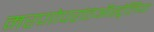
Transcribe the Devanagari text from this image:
मरणोपरांतऑस्ट्रेलिया